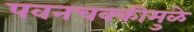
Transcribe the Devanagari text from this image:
पवनचक्कीमुळे